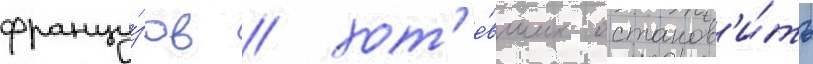
францу́зов / хот'е́вших останов'и́ть